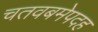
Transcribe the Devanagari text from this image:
चतवबमेपदह